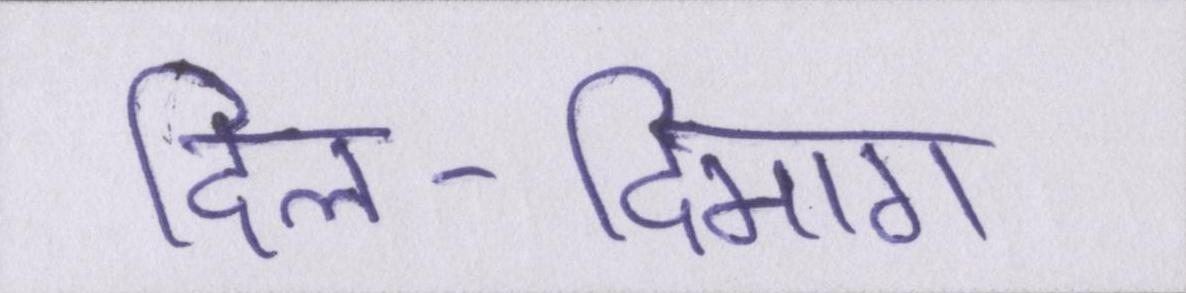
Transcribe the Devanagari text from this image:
दिल-दिमाग